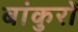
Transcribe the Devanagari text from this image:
बांकुरों